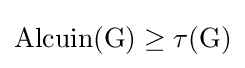
{\rm {{Alcuin}(G)\geq \tau (G)}}